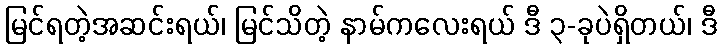
မြင်ရတဲ့အဆင်းရယ်၊ မြင်သိတဲ့ နာမ်ကလေးရယ် ဒီ ၃-ခုပဲရှိတယ်၊ ဒီ